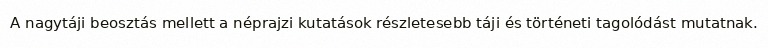
A nagytáji beosztás mellett a néprajzi kutatások részletesebb táji és történeti tagolódást mutatnak.